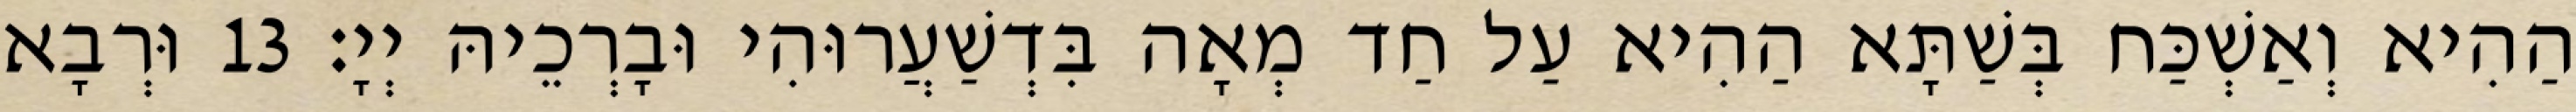
הַהִיא וְאַשְׁכַּח בְּשַׁתָּא הַהִיא עַל חַד מְאָה בִּדְשַׁעֲרוּהִי וּבָרְכֵיהּ יְיָ׃ 13 וּרְבָא